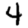
Digit: 4